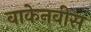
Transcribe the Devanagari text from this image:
वाकेनवीस